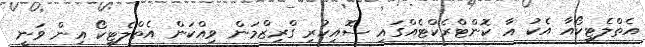
އެތްލެޓިކޯއާ އެކު އާ ކޮންޓްރެކްޓެއްގައި ސޮއިކުރި ގްރިޒްމަން ވިއްކަން އެތްލެޓިކޯ އިން ވަނީ